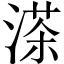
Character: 𦴶